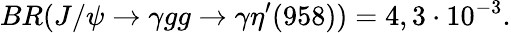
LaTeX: BR(J/\psi\to\gamma gg\to\gamma\eta^{\prime}(958))=4,3\cdot 10^{-3}.